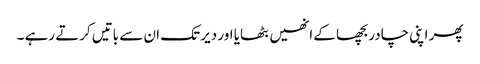
پھر اپنی چادر بچھا کے انھیں بٹھایا اور دیر تک ان سے باتیں کرتے رہے ۔